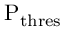
\mathrm { P _ { t h r e s } }